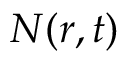
N ( r , t )